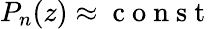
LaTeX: P_{n}(z)\approx\mathrm{~c~o~n~s~t~}